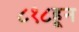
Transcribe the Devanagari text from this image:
८१८हून